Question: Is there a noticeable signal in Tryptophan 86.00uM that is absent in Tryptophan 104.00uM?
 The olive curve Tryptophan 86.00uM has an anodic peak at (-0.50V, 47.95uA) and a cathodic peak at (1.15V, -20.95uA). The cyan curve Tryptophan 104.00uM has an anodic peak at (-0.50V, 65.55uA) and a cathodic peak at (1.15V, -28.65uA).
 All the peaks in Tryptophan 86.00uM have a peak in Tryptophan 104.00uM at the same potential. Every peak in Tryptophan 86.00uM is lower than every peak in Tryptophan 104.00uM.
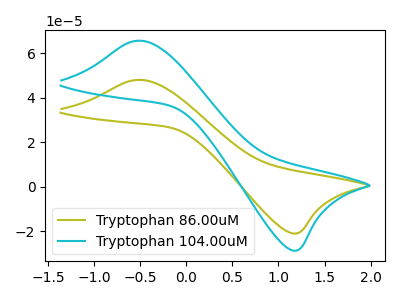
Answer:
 <answer>No, "Tryptophan 86.00uM" and "Tryptophan 104.00uM" don't appear to be significantly different in shape</answer>
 <eval>no_change</eval>